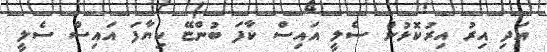
އަދި އިރު އިރުކޮޅުން ސެލީ އައިސް ކާފަ ބުންޏޭ ކިޔާފަ އައިސް ސެލީ